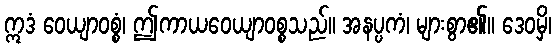
ဣဒံ ဝေယျာဝစ္စံ၊ ဤကာယဝေယျာဝစ္စသည်။ အနပ္ပကံ၊ များစွာ၏။ ဒေဝမှိ၊